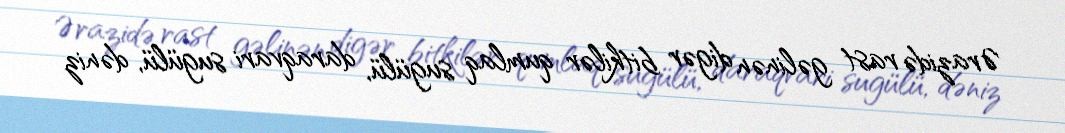
Ərazidə rast gəlinən digər bitkilər qumlaq sugülü, daraqvari sugülü, dəniz